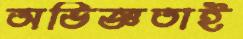
অভিজ্ঞতাই